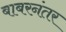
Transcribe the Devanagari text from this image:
बाबरनंतर